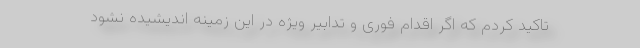
تاکید کردم که اگر اقدام فوری و تدابیر ویژه در این زمینه اندیشیده نشود